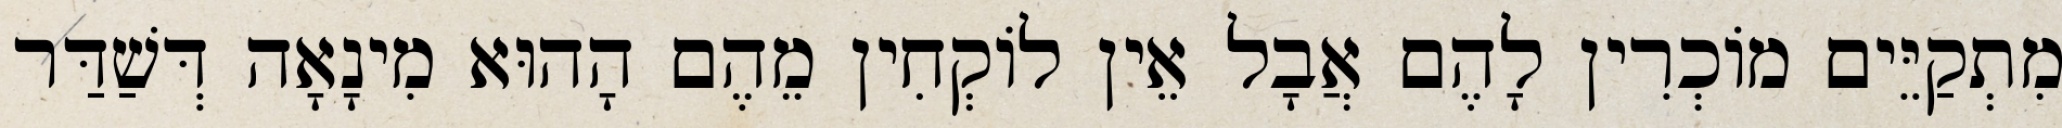
מִתְקַיֵּים מוֹכְרִין לָהֶם אֲבָל אֵין לוֹקְחִין מֵהֶם הָהוּא מִינָאָה דְּשַׁדַּר